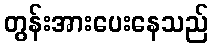
တွန်းအားပေးနေသည်